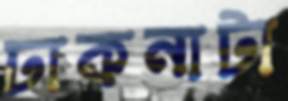
ঢাকনাটা